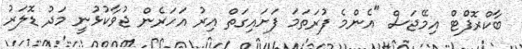
ބާކްރޮފްޓް އިމޭޖަސް "އެންމެ ފުރަތަމަ ފަށައިގަތް އިރު އަހަރެން ޖުވާކުޅުނީ މަދު ޑޮލަރު